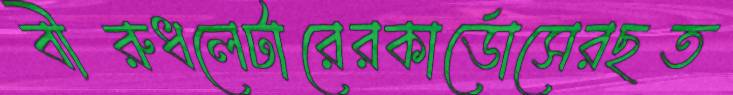
বীরুধলেটারেরকার্ডোসেরছত